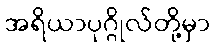
အရိယာပုဂ္ဂိုလ်တို့မှာ